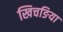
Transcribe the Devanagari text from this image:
खिचङिया